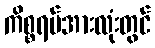
ကိစ္စရပ်အားလုံးတွင်